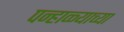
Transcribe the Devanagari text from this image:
पन्हाळ्याच्या